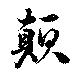
顛